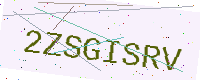
Text: 2ZSGISRV